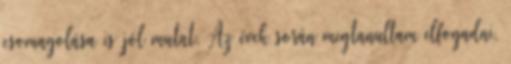
csomagolása is jól mutat. Az évek során megtanultam elfogadni,